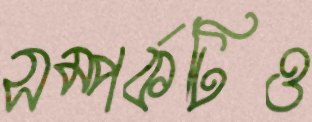
সম্পর্কটিও